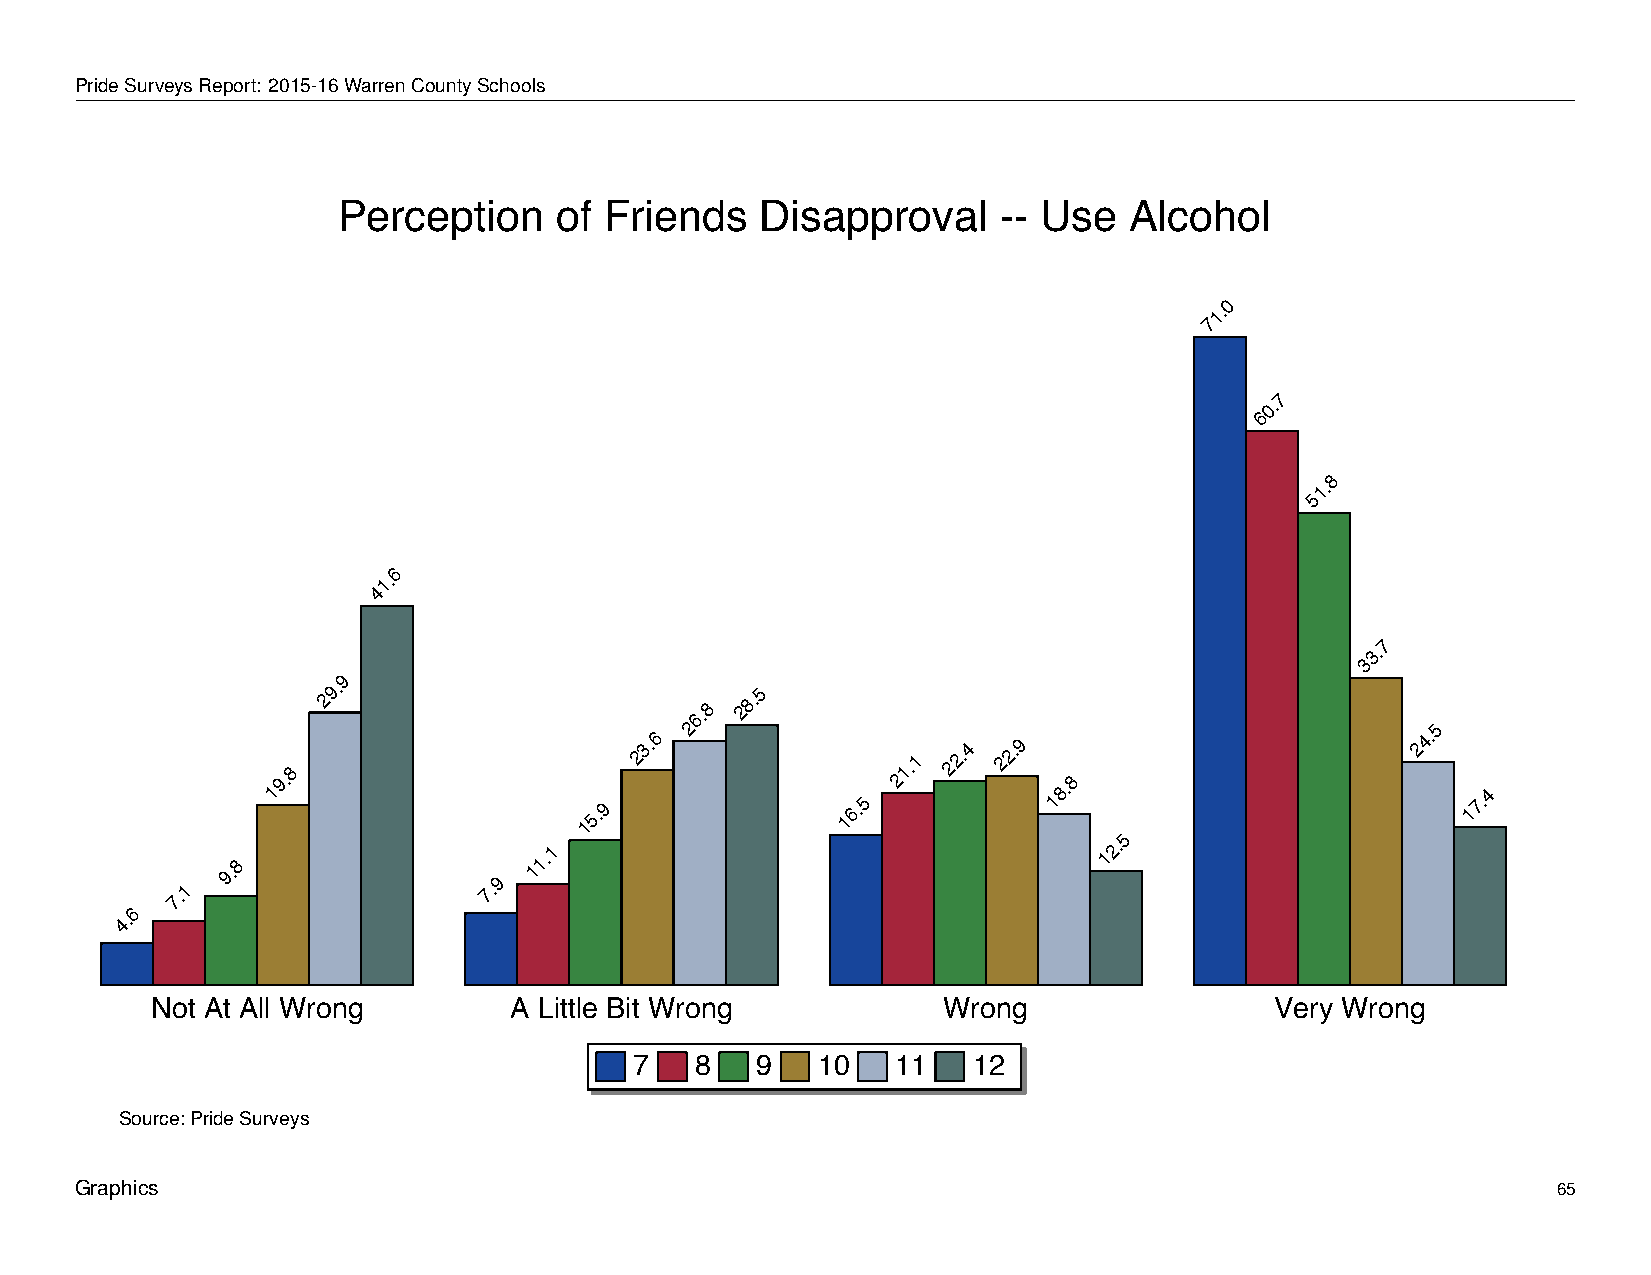
Perception            of    Friends         Disapproval               --  Use      Alcohol
 PrideSurveysReport: 2015-16WarrenCountySchools
 Perception     of Friends   Disapproval     -- Use   Alcohol
 0
 1.
 7
 7
 0.
 6
 8
 1.
 5
 6
 1.
 4
 7
 3.
 3
 9
 29.
 6.8
 28.5
 19.8
 15.9
 23.6
 2
 16.5
 21.1
 22.4 22.9
 18.8
 5
 24.5
 17.4
 6
 7.1
 9.8
 7.9
 11.1                                  12.
 4.
 Not At All Wrong        A Little Bit Wrong          Wrong                 Very Wrong
 7   8   9   10   11   12
 Source: Pride Surveys
 Graphics                                                                                          65